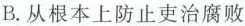
B.从根本上防止吏治腐败